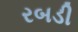
રબડી